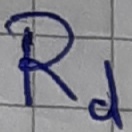
Text: Rd